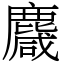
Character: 麙